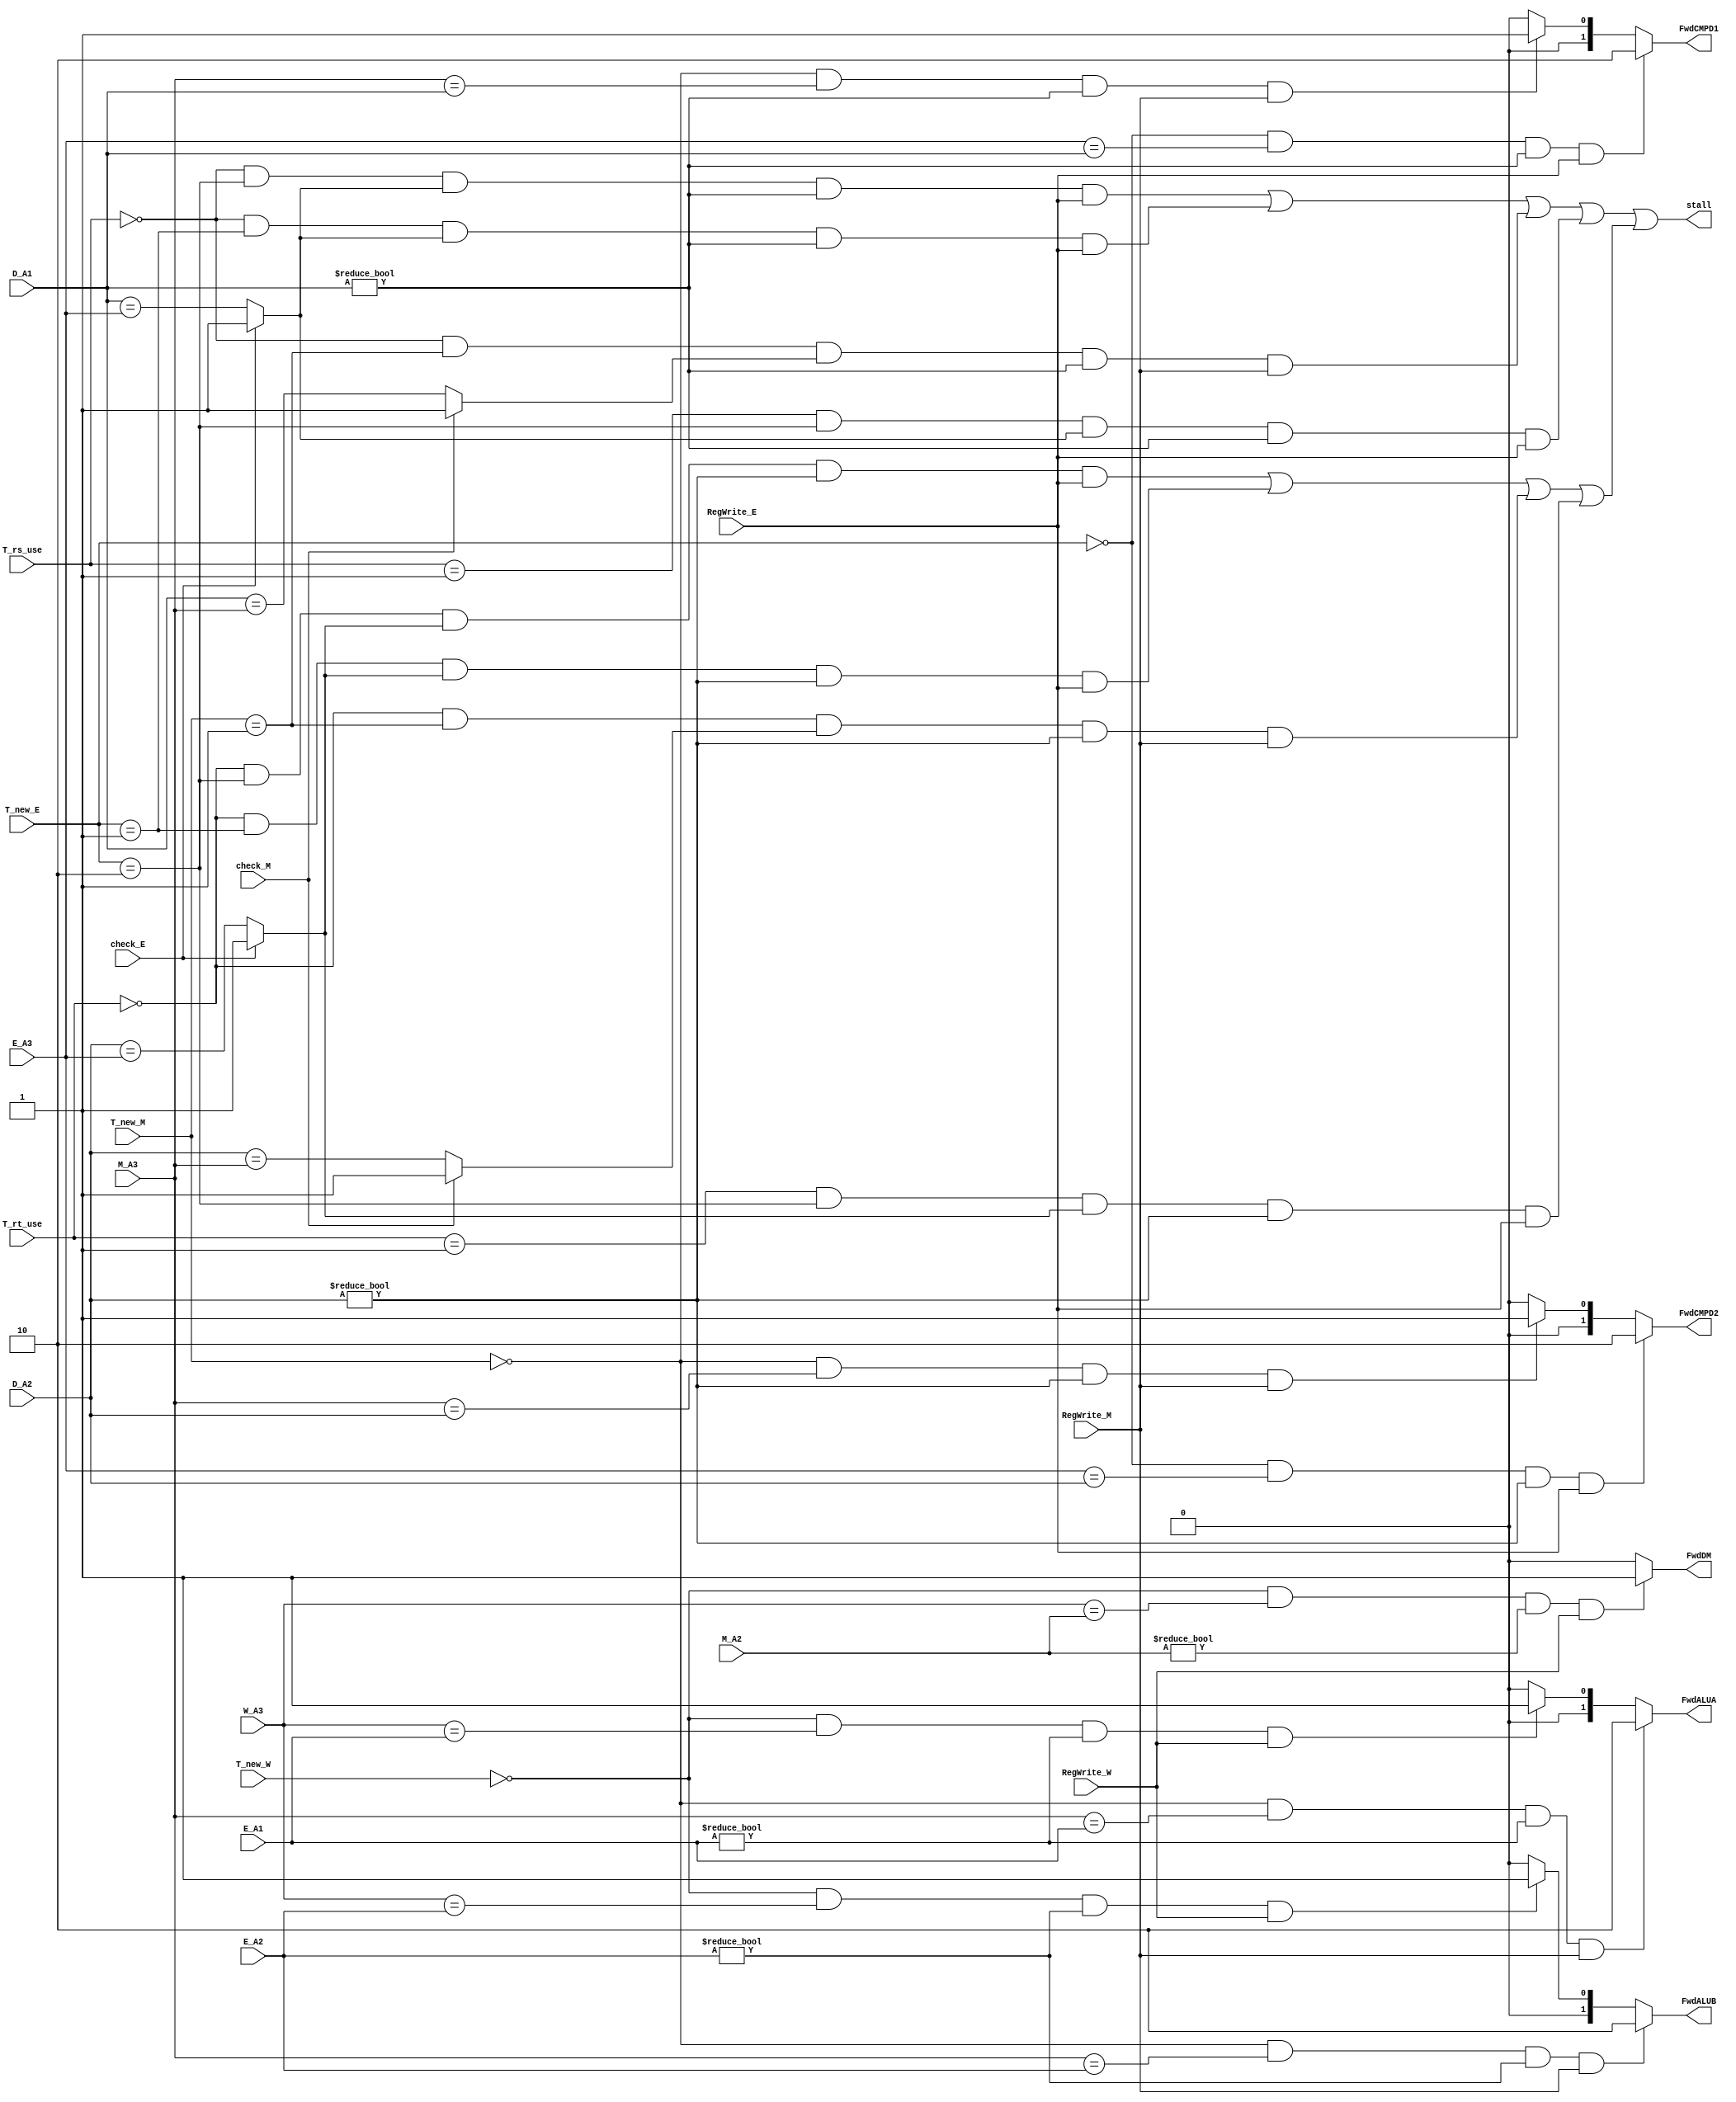
`timescale 1ns / 1ps
//////////////////////////////////////////////////////////////////////////////////
// Company: 
// Engineer: 
// 
// Design Name: 
// Module Name:    HCU 
// Project Name: 
// Target Devices: 
// Tool versions: 
// Description: 
//
// Dependencies: 
//
// Revision: 
// Revision 0.01 - File Created
// Additional Comments: 
//
//////////////////////////////////////////////////////////////////////////////////
// 
module HCU(
input wire [4:0] D_A1,
input wire [4:0] D_A2,
input wire [4:0] E_A1,
input wire [4:0] E_A2,
input wire [4:0] E_A3,
input check_E,
input wire [4:0] M_A2,
input wire [4:0] M_A3,
input check_M,
input wire [4:0] W_A3,
input wire RegWrite_E,
input wire RegWrite_M,
input wire RegWrite_W,
input wire [1:0] T_rs_use,
input wire [1:0] T_rt_use,
input wire [1:0] T_new_E,
input wire [1:0] T_new_M,
input wire [1:0] T_new_W,
output wire [1:0] FwdCMPD1,
output wire [1:0] FwdCMPD2,
output wire [1:0] FwdALUA,
output wire [1:0] FwdALUB,
output wire FwdDM,
output wire stall
     );
//stall
wire stall_rs0_e2 = (T_rs_use == 2'b00)&&(T_new_E == 2'b10)&&((check_E) ? 1'b1 : D_A1 == E_A3)&&(D_A1 != 5'b0)&&(RegWrite_E);
wire stall_rs0_e1 = (T_rs_use == 2'b00)&&(T_new_E == 2'b01)&&((check_E) ? 1'b1 : D_A1 == E_A3)&&(D_A1 != 5'b0)&&(RegWrite_E);
wire stall_rs0_m1 = (T_rs_use == 2'b00)&&(T_new_M == 2'b01)&&((check_M) ? 1'b1 : D_A1 == M_A3)&&(D_A1 != 5'b0)&&(RegWrite_M);
wire stall_rs1_e2 = (T_rs_use == 2'b01)&&(T_new_E == 2'b10)&&((check_E) ? 1'b1 : D_A1 == E_A3)&&(D_A1 != 5'b0)&&(RegWrite_E);
wire stall_rs = stall_rs0_e2 | stall_rs0_e1 | stall_rs0_m1 | stall_rs1_e2;
wire stall_rt0_e2 = (T_rt_use == 2'b00)&&(T_new_E == 2'b10)&&((check_E) ? 1'b1 : D_A2 == E_A3)&&(D_A2 != 5'b0)&&(RegWrite_E);
wire stall_rt0_e1 = (T_rt_use == 2'b00)&&(T_new_E == 2'b01)&&((check_E) ? 1'b1 : D_A2 == E_A3)&&(D_A2 != 5'b0)&&(RegWrite_E);
wire stall_rt0_m1 = (T_rt_use == 2'b00)&&(T_new_M == 2'b01)&&((check_M) ? 1'b1 : D_A2 == M_A3)&&(D_A2 != 5'b0)&&(RegWrite_M);
wire stall_rt1_e2 = (T_rt_use == 2'b01)&&(T_new_E == 2'b10)&&((check_E) ? 1'b1 : D_A2 == E_A3)&&(D_A2 != 5'b0)&&(RegWrite_E);
wire stall_rt = stall_rt0_e2 | stall_rt0_e1 | stall_rt0_m1 | stall_rt1_e2;
assign stall = stall_rs | stall_rt;
//forward
assign FwdCMPD1 = (T_new_E == 2'b00)&&(E_A3 == D_A1)&&(D_A1 != 5'b0)&&(RegWrite_E) ? 2'b10 :
						(T_new_M == 2'b00)&&(M_A3 == D_A1)&&(D_A1 != 5'b0)&&(RegWrite_M) ? 2'b01 :
						2'b00;
assign FwdCMPD2 = (T_new_E == 2'b00)&&(E_A3 == D_A2)&&(D_A2 != 5'b0)&&(RegWrite_E) ? 2'b10 :
						(T_new_M == 2'b00)&&(M_A3 == D_A2)&&(D_A2 != 5'b0)&&(RegWrite_M) ? 2'b01 :
						2'b00;
assign FwdALUA = (T_new_M == 2'b00)&&(M_A3 == E_A1)&&(E_A1 != 5'b0)&&(RegWrite_M) ? 2'b10 :
					  (T_new_W == 2'b00)&&(W_A3 == E_A1)&&(E_A1 != 5'b0)&&(RegWrite_W) ? 2'b01 :
					   2'b00;
assign FwdALUB = (T_new_M == 2'b00)&&(M_A3 == E_A2)&&(E_A2 != 5'b0)&&(RegWrite_M) ? 2'b10 :
					  (T_new_W == 2'b00)&&(W_A3 == E_A2)&&(E_A2 != 5'b0)&&(RegWrite_W) ? 2'b01 :
					   2'b00;
assign FwdDM = (T_new_W == 2'b00)&&(W_A3 == M_A2)&&(M_A2 != 5'b0)&&(RegWrite_W) ? 1'b1 : 1'b0;
endmodule